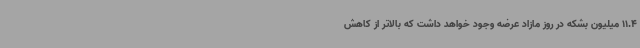
11.4 میلیون بشکه در روز مازاد عرضه وجود خواهد داشت که بالاتر از کاهش